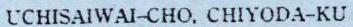
UCHISAIWAI-CHO, CHIYODA-KU